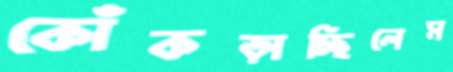
কোঁকড়াচ্ছিলেম